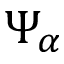
\Psi _ { \alpha }